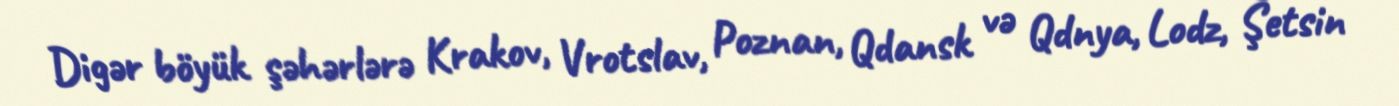
Digər böyük şəhərlərə Krakov, Vrotslav, Poznan, Qdansk və Qdnya, Lodz, Şetsin